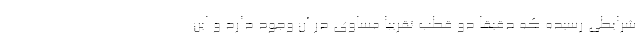
شرایطی رسیده که دقیقاً دو قطب تقریباً مساوی در آن وجود دارد و این